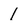
Character: 1